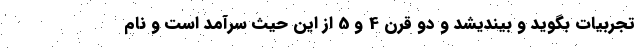
تجربیات بگوید و بیندیشد و دو قرن 4 و 5 از این حیث سرآمد است و نام